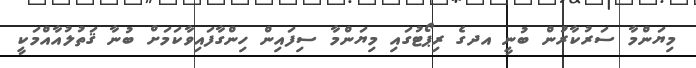
މިޔަންމާ ސަރުކާރުން ބުނީ އދގެ ރިޕޯޓުގައި މިޔަންމާ ސިފައިން ހިންގާފައިވާކަމަށް ބުނާ ޤަތުލުއާއްމަކީ